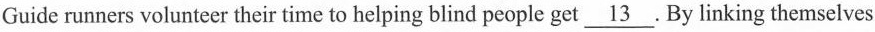
Guide runners volunteer their time to helping blind people get \underline{13}.By linking themselves